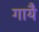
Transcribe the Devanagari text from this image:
गायै